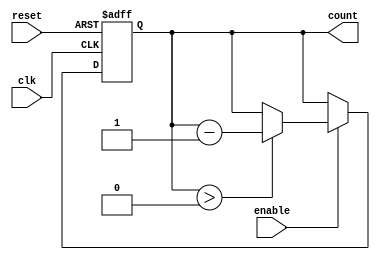
module MemoryBlocksDownCounter #(
    parameter N = 8  // Parameter to set the maximum count value (N)
)(
    input wire clk,       // Clock signal
    input wire reset,     // Asynchronous reset signal
    input wire enable,    // Enable signal for counting
    output reg [N-1:0] count // Current count value in binary format
);

    // Initial value for the counter
    initial begin
        count = N; // Initialize count to N
    end

    // Asynchronous reset and counting operation
    always @(posedge clk or posedge reset) begin
        if (reset) begin
            count <= N; // Reset the counter to N
        end else if (enable) begin
            if (count > 0) begin
                count <= count - 1; // Decrement the counter
            end
            // If count is already 0, it will hold its value
        end
    end

endmodule